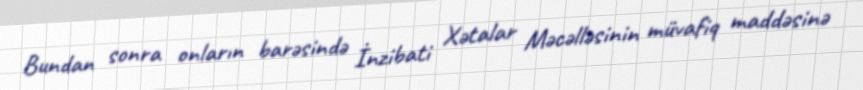
Bundan sonra onların barəsində İnzibati Xətalar Məcəlləsinin müvafiq maddəsinə